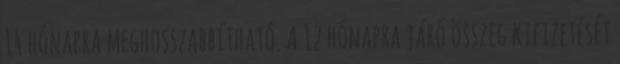
14 hónapra meghosszabbítható. A 12 hónapra járó összeg kifizetését